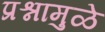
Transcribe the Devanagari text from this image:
प्रश्नामुळे